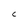
Character: C